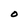
Character: O